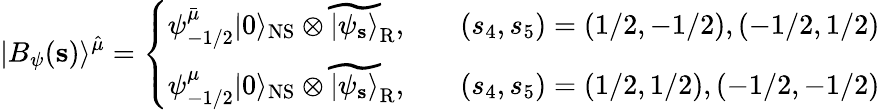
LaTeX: |B_{\psi}({\mathbf s})\rangle^{\hat{\mu}}=\left\{ \begin{array}{ll}{{\psi_{-1/2}^{\bar{\mu}}|0\rangle_{\mathrm{NS}}\otimes\widetilde{|\psi_{\mathbf s}\rangle}_{\mathrm{R}},}}&{{\quad(s_{4},s_{5})=(1/2,-1/2),(-1/2,1/2)}}\\ {{\psi_{-1/2}^{\mu}|0\rangle_{\mathrm{NS}}\otimes\widetilde{|\psi_{\mathbf s}\rangle}_{\mathrm{R}},}}&{{\quad(s_{4},s_{5})=(1/2,1/2),(-1/2,-1/2)}}\end{array}\right.